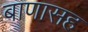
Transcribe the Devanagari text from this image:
बाणासह